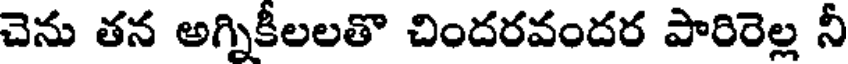
చెను తన అగ్నికీలలతొ చిందరవందర పారిరెల్ల నీ